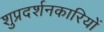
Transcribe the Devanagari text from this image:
शुप्रदर्शनकारियों